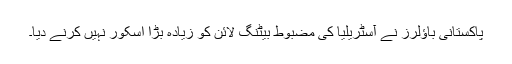
پاکستانی باؤلرز نے آسٹریلیا کی مضبوط بیٹنگ لائن کو زیادہ بڑا اسکور نہیں کرنے دیا۔